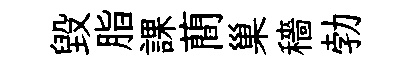
毀脂課蕳巢穡勃